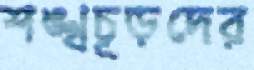
শঙ্খচূড়দের